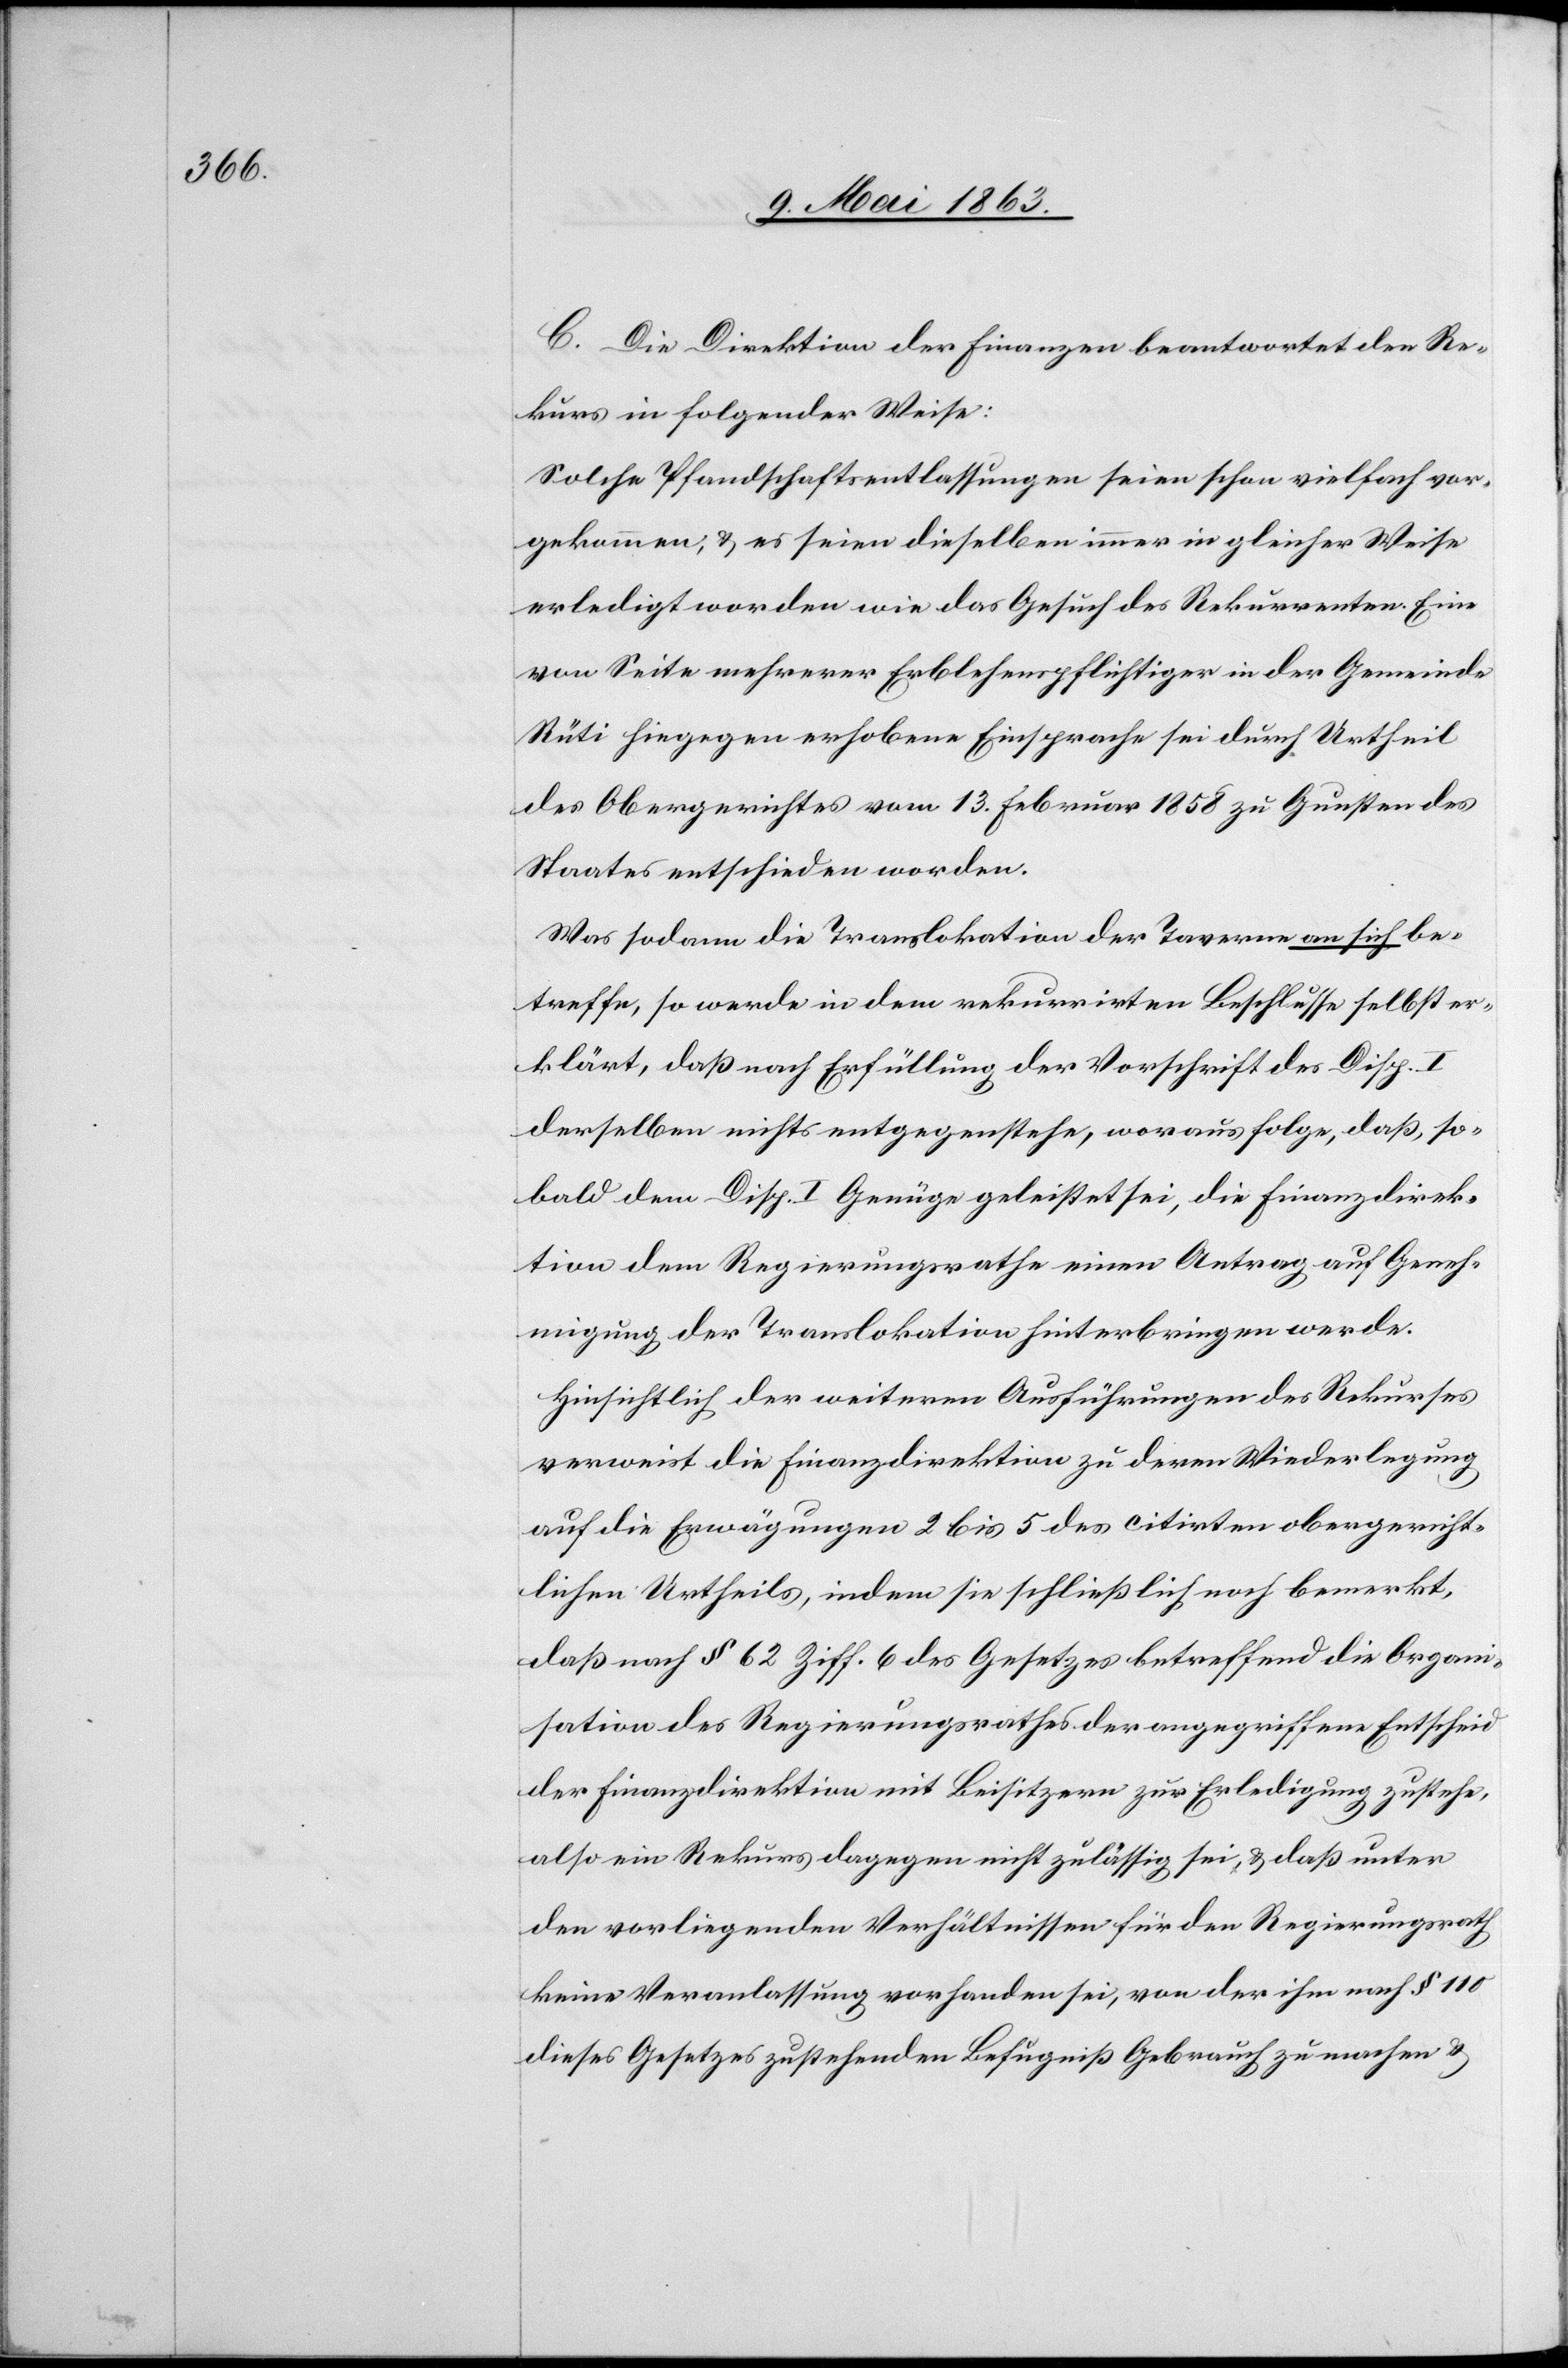
C. Die Direktion der Finanzen beantwortet den Re¬
kurs in folgender Weise:
Solche Pfandschaftsentlassungen seien schon vielfach vor¬
gekommen, & es seien dieselben immer in gleicher Weise
erledigt worden wie das Gesuch des Rekurrenten. Eine
von Seite mehrerer Erblehenspflichtiger in der Gemeinde
Rüti hiegegen erhobene Einsprache sei durch Urtheil
des Obergerichtes vom 13. Februar 1858 zu Gunsten des
Staates entschieden worden.
Was sodann die Translokation der Taverne an sich be¬
treffe, so werde in dem rekurrirten Beschlusse selbst er¬
klärt, daß nach Erfüllung der Vorschrift des Disp. I
derselben nichts entgegenstehe, woraus folge, daß, so¬
bald dem Disp. I Genüge geleistet sei, die Finanzdirek¬
tion dem Regierungsrathe einen Antrag auf Geneh¬
migung der Translokation hinterbringen werde.
Hinsichtlich der weiteren Ausführungen des Rekurses
verweist die Finanzdirektion zu deren Wiederlegung
auf die Erwägungen 2 bis 5 des citirten obergericht¬
lichen Urtheils, indem sie schließlich noch bemerkt,
daß nach § 62 Ziff. 6 des Gesetzes betreffend die Organi¬
sation des Regierungsrathes der angegriffene Entscheid
der Finanzdirektion mit Beisitzern zur Erledigung zustehe,
also ein Rekurs dagegen nicht zulässig sei, & daß unter
den vorliegenden Verhältnissen für den Regierungsrath
keine Veranlassung vorhanden sei, von der ihm nach § 110
dieses Gesetzes zustehenden Befugniß Gebrauch zu machen &